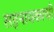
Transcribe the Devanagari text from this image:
सहनायकाची